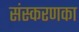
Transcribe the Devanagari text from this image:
संस्‍करणका